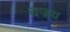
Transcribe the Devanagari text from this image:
वज्र्य